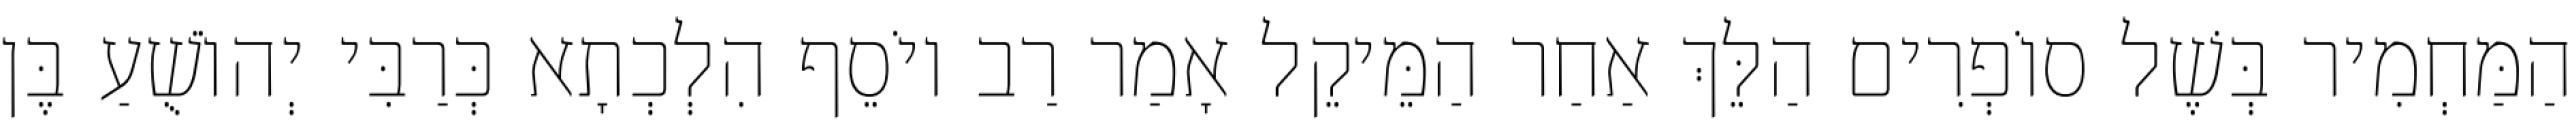
הַמַּחְמִיר בְּשֶׁל סוֹפְרִים הַלֵּךְ אַחַר הַמֵּיקֵל אָמַר רַב יוֹסֵף הִלְכְתָא כְּרַבִּי יְהוֹשֻׁעַ בֶּן